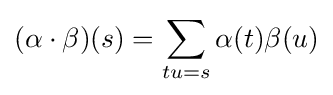
(\alpha \cdot \beta )(s)=\sum _{tu=s}\alpha (t)\beta (u)